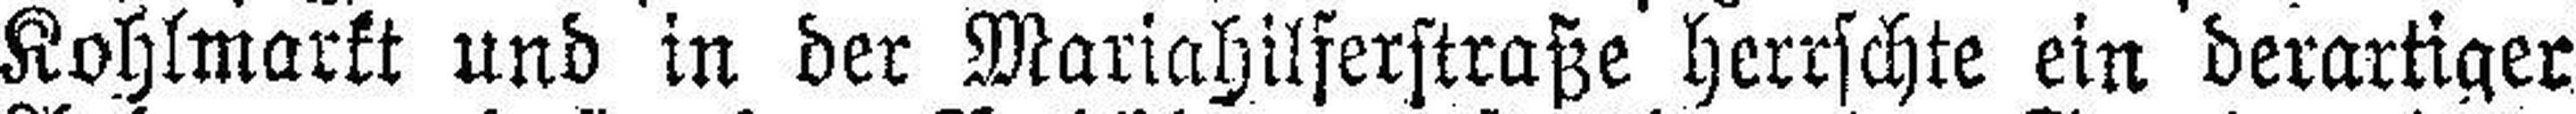
Kohlmarkt und in der Mariahilferstraße herrschte ein derartiger